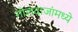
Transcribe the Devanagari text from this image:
गोलंदाजांमध्ये